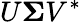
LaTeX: U{\boldsymbol{\Sigma}}V^{*}